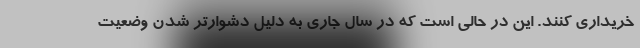
خریداری کنند. این در حالی است که در سال جاری به دلیل دشوارتر شدن وضعیت